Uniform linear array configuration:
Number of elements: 32
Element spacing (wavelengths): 1
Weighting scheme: exponential
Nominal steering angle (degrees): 0
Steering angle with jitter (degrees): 1.131
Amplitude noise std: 0.05
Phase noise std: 0.05

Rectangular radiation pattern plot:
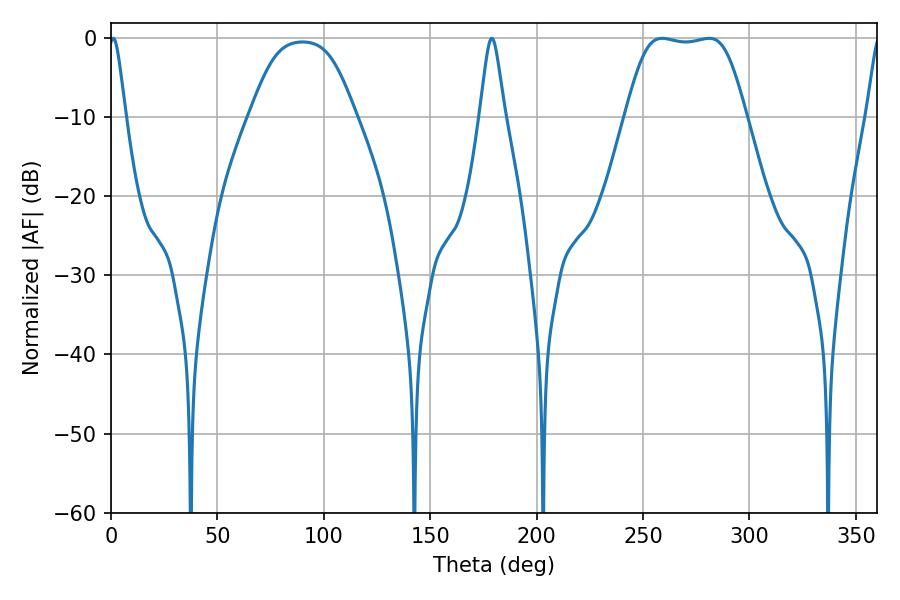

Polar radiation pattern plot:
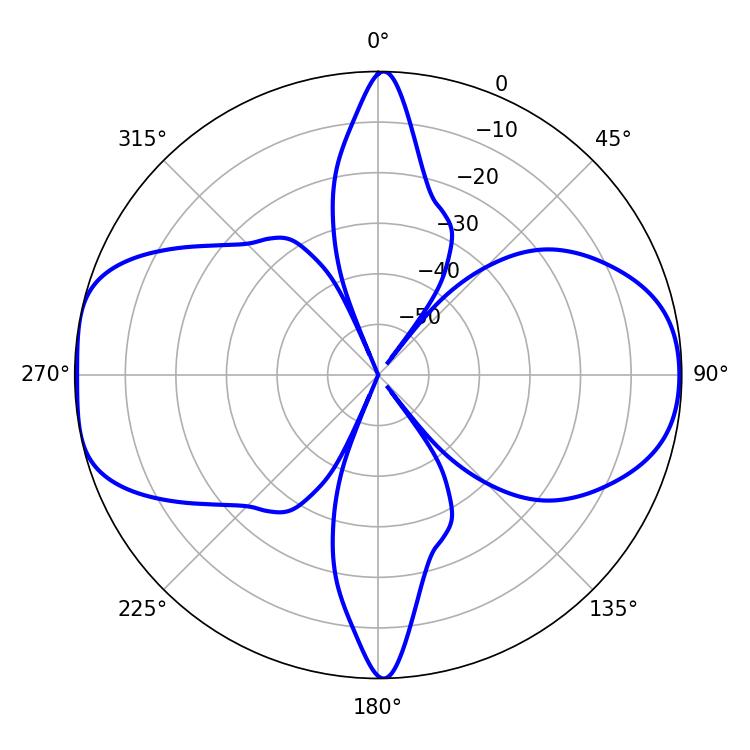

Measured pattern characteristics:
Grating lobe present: TRUE
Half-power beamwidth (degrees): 42.12
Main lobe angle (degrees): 259.02